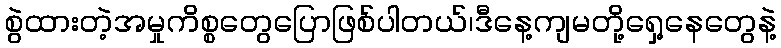
စွဲထားတဲ့အမှုကိစ္စတွေပြောဖြစ်ပါတယ်၊ဒီနေ့ကျမတို့ရှေ့နေတွေနဲ့